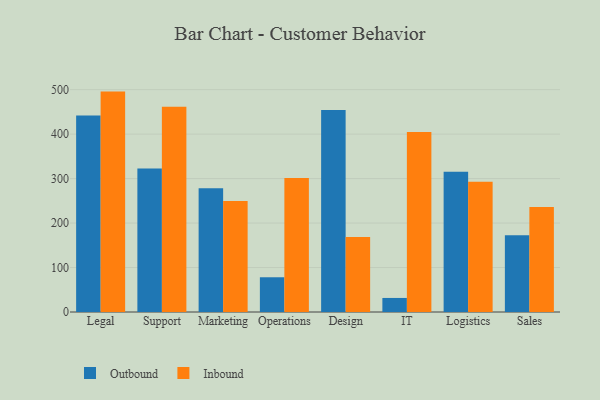
{"axis": {"x": "Department", "y": "Operating Costs (USD K)"}, "legend": ["Inbound", "Outbound"], "data": [{"x": "Legal", "y": 441.7, "type": "Outbound"}, {"x": "Legal", "y": 495.6, "type": "Inbound"}, {"x": "Support", "y": 322.4, "type": "Outbound"}, {"x": "Support", "y": 461.8, "type": "Inbound"}, {"x": "Marketing", "y": 278.1, "type": "Outbound"}, {"x": "Marketing", "y": 249.8, "type": "Inbound"}, {"x": "Operations", "y": 78.1, "type": "Outbound"}, {"x": "Operations", "y": 301.4, "type": "Inbound"}, {"x": "Design", "y": 454.1, "type": "Outbound"}, {"x": "Design", "y": 168.9, "type": "Inbound"}, {"x": "IT", "y": 31.6, "type": "Outbound"}, {"x": "IT", "y": 405.0, "type": "Inbound"}, {"x": "Logistics", "y": 315.5, "type": "Outbound"}, {"x": "Logistics", "y": 292.8, "type": "Inbound"}, {"x": "Sales", "y": 172.5, "type": "Outbound"}, {"x": "Sales", "y": 236.2, "type": "Inbound"}]}